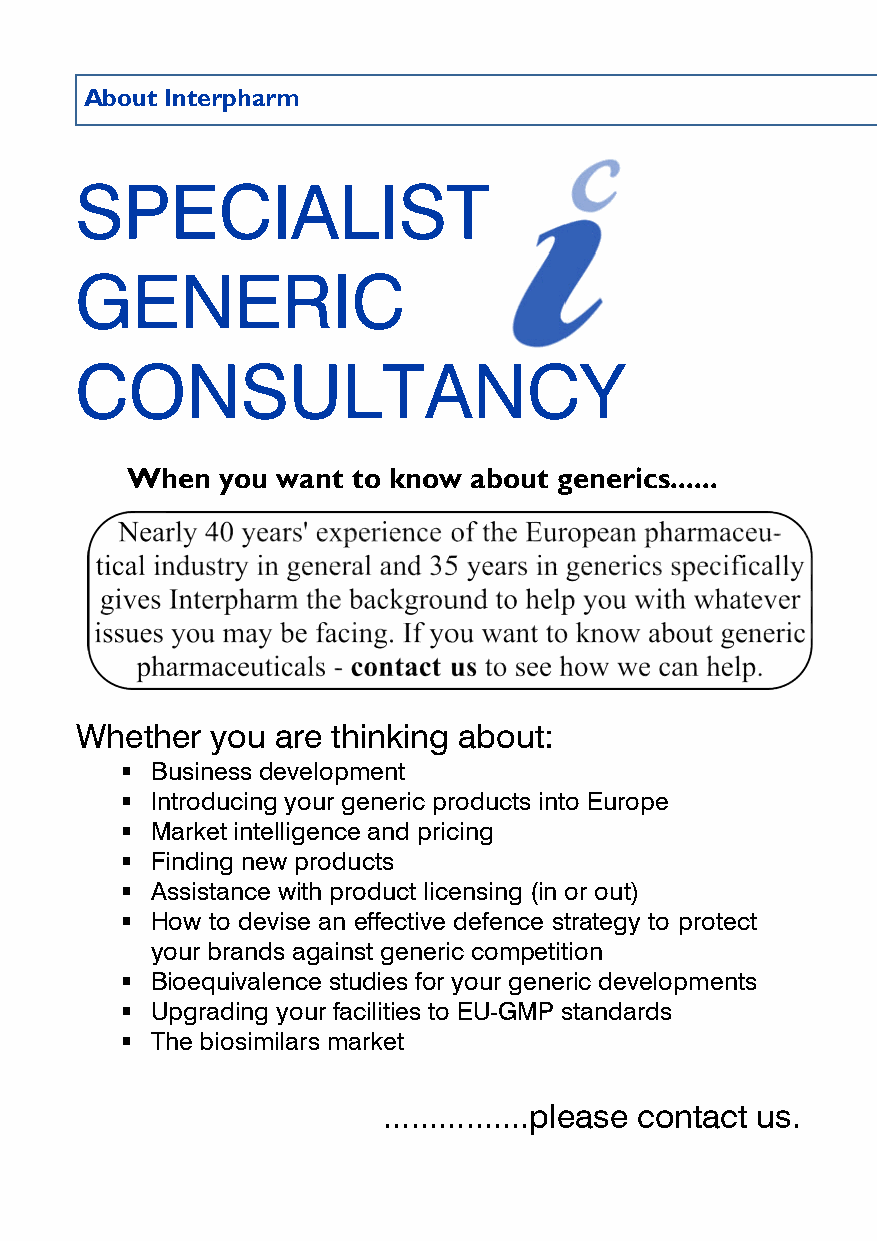
About Interpharm
 SPECIALIST
 GENERIC
 CONSULTANCY
 When   you want to know about generics......
 Whether  you are thinking about:
 § Business development
 § Introducing your generic products into Europe
 § Market intelligence and pricing
 § Finding new products
 § Assistance with product licensing (in or out)
 § How to devise an effective defence strategy to protect
 your brands against generic competition
 § Bioequivalence studies for your generic developments
 § Upgrading your facilities to EU-GMP standards
 § The biosimilars market
 ................please contact us.